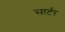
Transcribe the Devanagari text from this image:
सार्टर